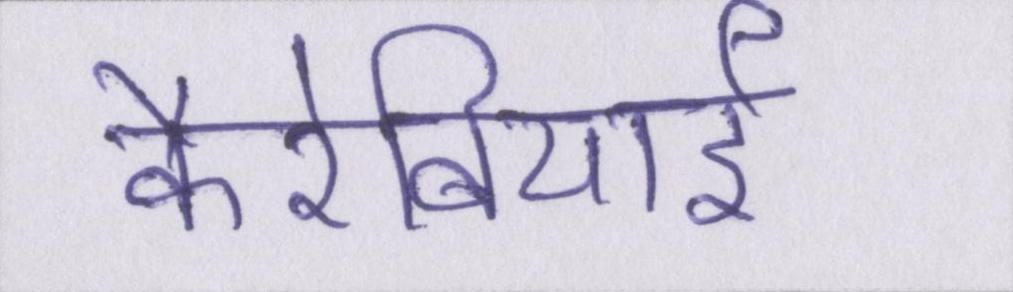
कैरेबियाई